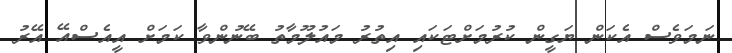
ނަމަވެސް އެކަން ޔަގީން ކުރުމަށްޓަކައި އިތުރު މައުލޫމާތު ބޭނުންވާ ކަމަށް އީއެސްއޭ އޭރު